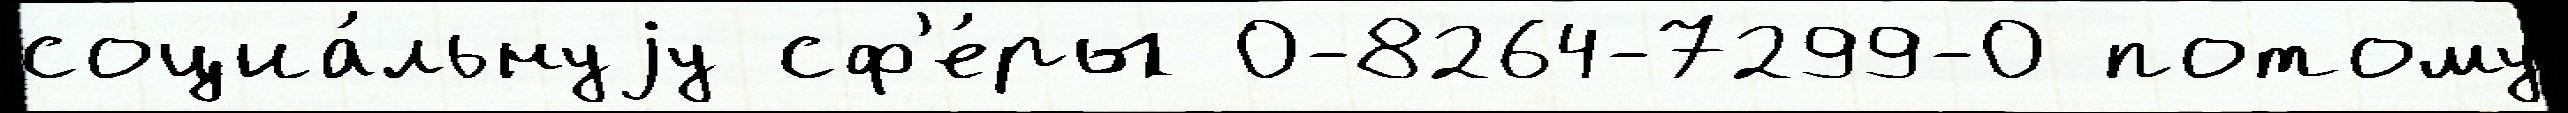
социа́льнуjу сф'е́ры 0-8264-7299-0 потому́